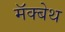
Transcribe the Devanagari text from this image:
मॅक्बेथ